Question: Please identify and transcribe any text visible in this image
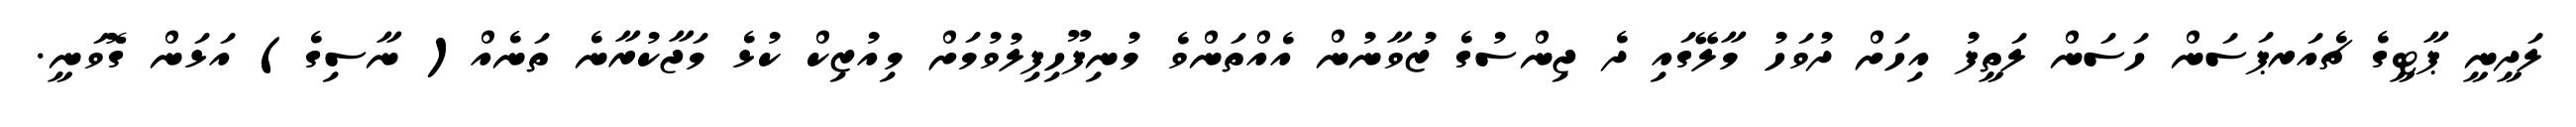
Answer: ލަދީނީ ޕާޓީގެ ޗެއަރޕަސަން ހަސަން ލަތީފު އިހަށް ދުވަހު މާލޭގައި ދެ ޖިންސުގެ ޒުވާނުން އެއްތަންވެ މުނިފޫހިފިލުވުމަށް މިއުޒިކް ކުޅެ މަޖާކުރާނެ ތަނެއް( ނާސިގެ) އަޅަން ގޮވަނީ.